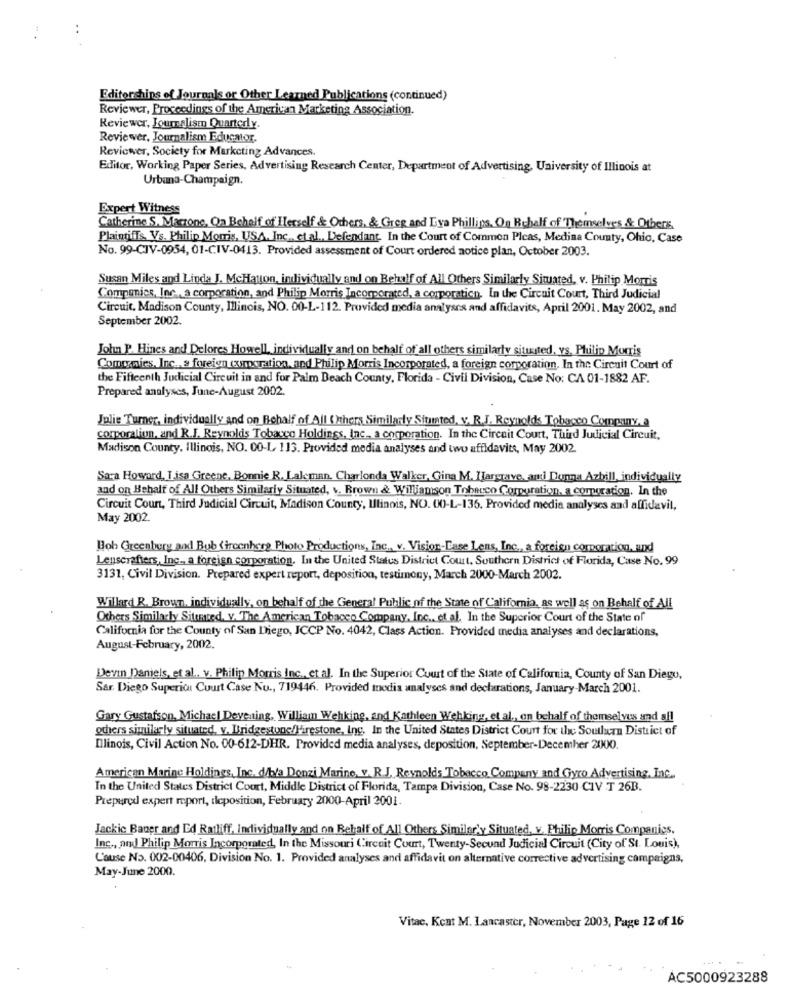
Editorshins of Journals or Other Learned Publications (continued)
Reviewer, Proceedings of the American Marketing Association.
Reviewer, Journalism Quarterly
Reviewer, Journalism Educator.
Reviewer, Society for Marketing Advances.
Editor, Working Paper Series, Advertising Research Center, Department of Advertising, University of Illinois at
Urbana-Champaign.
Expert Witness
Catherine S. Maczone, On Behalf of Herself & Others, & Greg and Lya Phillips, On Behalf of Themselves & Others.
Plaintiffs Vs. Philip Morris, USA. Inc ., etal ., Defendant. In the Court of Common Picas, Medina County, Ohio, Case
No. 99-CJV-0954, 01-CIV-0413. Provided assessment of Court ordered notice plan, October 2003.
Susan Miles and Linda J. McHatton, individually and on Behalf of All Others Similarly Situated, v. Philip Morris
Companies, Inc ., a corporation, and Philip Morris Incorporated, a corporation. In the Circuit Court, Third Judicial
Circuit, Madison County, Illinois, NO. 00-L-112. Provided media analyses and affidavits, April 2001. May 2002, and
September 2002.
John P. Hines and Delores Howell, individually and on behalf of all others similarly situated, vs. Plulip Morris
Companies, Inc ., a foreign (xxporation, and Philip Morris Incorporated, a foreign corporation. In the Circuit Court of
the Fifteenth Judicial Circuit in and for Palm Beach County, Florida - Civil Division, Case No: CA 01-1882 AF.
Prepared analyses, June-August 2002.
Julie Turner, individually and on Behalf of All (Xthers Similarly Situated, v. R.J. Reynolds Tobacco Company, a
corporation, and R.J. Reynolds Tobacco Holdings, Inc ., a corporation. In the Circuit Court, Third Judicial Circuit,
Madison County, Illinois, NO. 00-L 113. Provided media analyses and two affidavits, May 2002.
Sara Howard, I.isa Greene, Bonnie R. Laleman. Charlonda Walker, Gina M. Hargrave, ami Donna Azbill, individually
and on Behalf of All Others Similarly Situated, v. Brown & Williamson Tobacco Corporation, a corporation. In the
Circuit Court, Third Judicial Circuit, Madison County, Illinois, NO. 00-L-136. Provided media analyses and affidavil,
May 2002.
Bob Greenberg and Bub (Hrcenhess Photo Productions, Inc ., v. Vision-Ease Lens, Inc ., a foreign corporation, and
Lenscrafters, Inc ., a foreign corporation. In the United States District Court. Southern District of Florida, Case No. 99
3131, Civil Division. Prepared expert report, deposition, testimony, March 2000-March 2002.
Willard R. Brown, individually, on behalf of the General Public of the State of California, as well as on Behalf of All
Others Similarly Situated. v. The American Tobacco Company, Inc. et al. In the Superior Court of the State of
California for the County of San Diego, ICCP No. 4042, Class Action. Provided media analyses and declarations,
August-February, 2002.
Devin Daniels, et al .. v. Philip Morris Inc ., et al. In the Superior Court of the State of California, County of San Diego,
Sar. Diego Superior Court Case Nu ., 719446. Provided modis analyses and declarations, January-March 2001.
Gary Gustafson, Michael Devening, William Wehking, and Kathleen Wehking, et al ., on behalf of themselves and all
others similarly situated, v. Bridgestone/Firestone, Inc. In the United States District Court for the Southern District of
Illinois, Civil Action No. 00-612-DHR. Provided media analyses, deposition, September-December 2000.
American Marine Holdings, Inc. d/b/a Donzi Marine, v. R.J. Reynolds Tobacco Company and Gyro Advertising, Inc ..
In the United States District Court, Middle District of Florida, Tampa Division, Case No. 98-2230 CIV T 26B.
Prepared expert mport, deposition, February 2000-April 2001.
Jackic Baner and Ed Ratliff, Individually and on Behalf of All Others Similar'y Situated, v. Philip Morris Companies.
Inc ., and Philip Morris Incorporated, In the Missouri Circuit Court, Twenty-Secund Judicial Circuit (City of St. Louis),
Cause No. 002-00406, Division No. 1. Provided analyses and affidavit on alternative corrective advertising campaigns,
May-June 2000.
Vitae, Kent M. Lancaster, November 2003, Page 12 of 16
AC5000923288